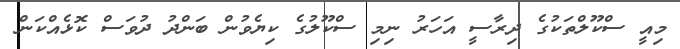
މިއީ ސްކޫލްތަކުގެ ދިރާސީ އަހަރު ނިމި ސްކޫލުގެ ކިޔެވުން ބަންދު ދުވަސް ކޮޅެއްކަން